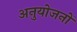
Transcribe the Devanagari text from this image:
अनुयोजनों